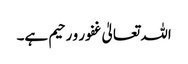
اللہ تعالیٰ غفور و رحیم ہے۔